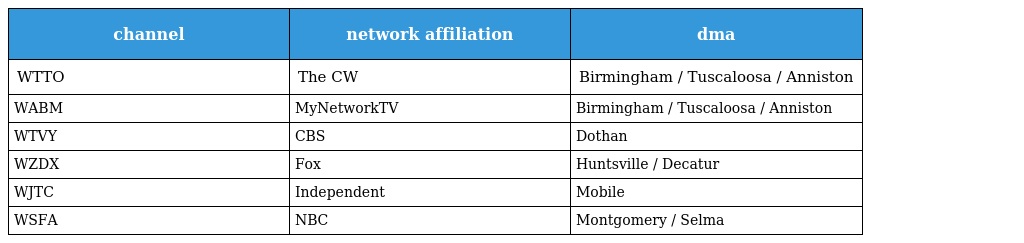
| channel | network affiliation | dma |
 | --- | --- | --- |
 | WTTO | The CW | Birmingham / Tuscaloosa / Anniston |
 | WABM | MyNetworkTV | Birmingham / Tuscaloosa / Anniston |
 | WTVY | CBS | Dothan |
 | WZDX | Fox | Huntsville / Decatur |
 | WJTC | Independent | Mobile |
 | WSFA | NBC | Montgomery / Selma |